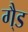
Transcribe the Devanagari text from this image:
गै्ड